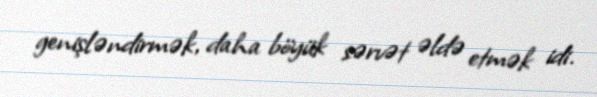
genişləndirmək, daha böyük sərvət əldə etmək idi.